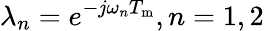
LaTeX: \lambda_{n}=e{}^{-j\omega_{n}T_{\mathrm{m}}},n=1,2